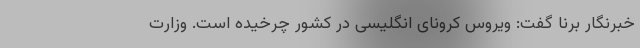
خبرنگار برنا گفت: ویروس کرونای انگلیسی در کشور چرخیده است. وزارت